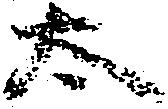
太